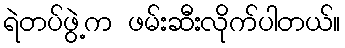
ရဲတပ်ဖွဲ့က ဖမ်းဆီးလိုက်ပါတယ်။